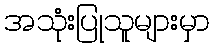
အသုံးပြုသူများမှာ